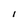
Character: I